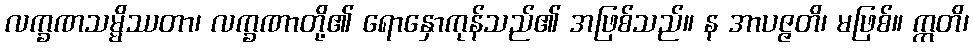
လက္ခဏသမ္မိဿတာ၊ လက္ခဏာတို့၏ ရောနှောကုန်သည်၏ အဖြစ်သည်။ န အာပဇ္ဇတိ၊ မဖြစ်။ ဣတိ၊